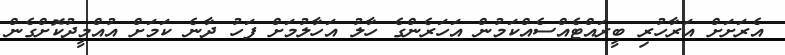
އެރަށަށް އަރާހުރި ބީރައްޓެއްސެއްކަމުން އަހަރެންގެ ހާލު އަހާލުމަށް ފަހު ދާނެ ކަމަށް އުއްމީދުކޮށްގެން